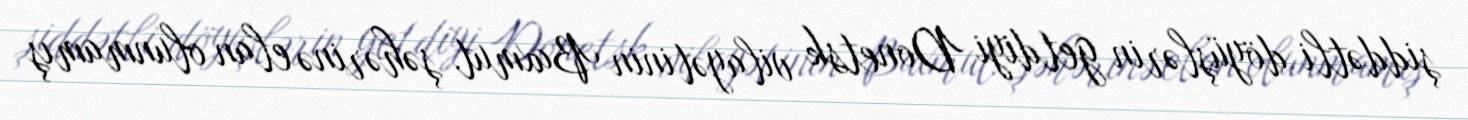
şiddətli döyüşlərin getdiyi Donetsk vilayətinin Baxmut şəhərinə elan olunmamış